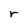
Character: r